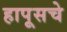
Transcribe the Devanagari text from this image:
हापूसचे